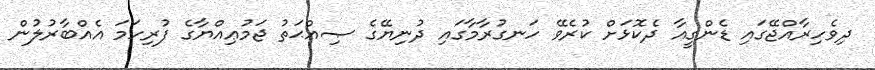
ދިވެހިރާއްޖޭގައި ޑެންގީއާ ދެކޮޅަށް ކުރެވޭ ހަނގުރާމާގައި ދުނިޔޭގެ ޞިއްޙަތު ޖަމުޢިއްޔާގެ ފުރިހަމަ އެއްބާރުލުން